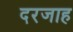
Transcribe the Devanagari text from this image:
दरजाह